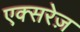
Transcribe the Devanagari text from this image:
एक्सरेज़